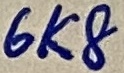
Text: 6k8